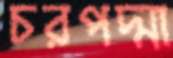
চরপদ্মা